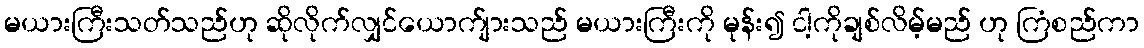
မယားကြီးသတ်သည်ဟု ဆိုလိုက်လျှင်ယောက်ျားသည် မယားကြီးကို မုန်း၍ ငါ့ကိုချစ်လိမ့်မည် ဟု ကြံစည်ကာ